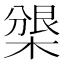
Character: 𣗰